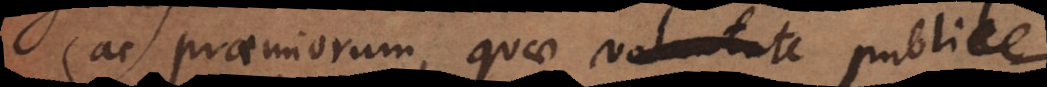
ac praemiorum, quae voluntate publice